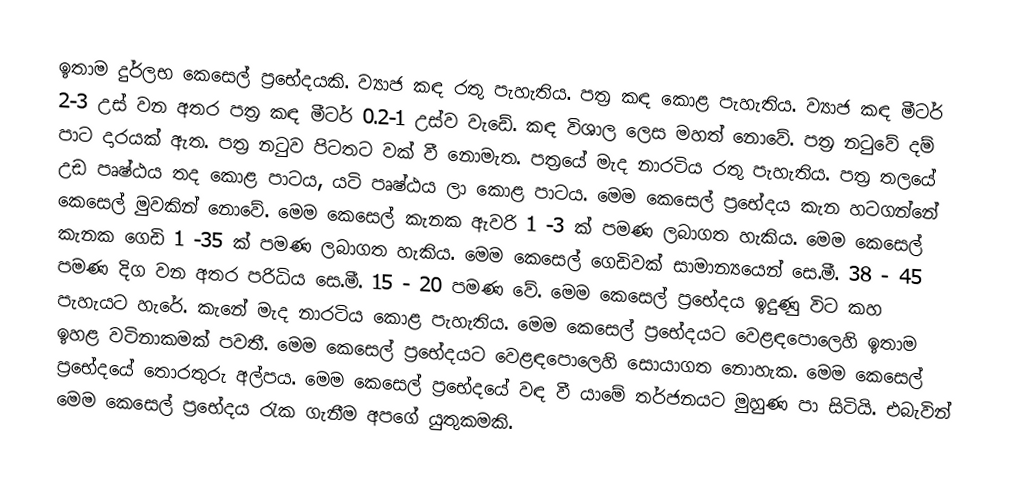
ඉතාම දුර්ලභ කෙසෙල් ප්‍රභේදයකි. ව්‍යාජ කඳ රතු පැහැතිය‍. පත්‍ර කඳ කොළ පැහැතිය‍. ව්‍යාජ කඳ මීටර් 2-3 උස් වන අතර පත්‍ර කඳ මීටර් 0.2-1 උස්ව වැඩේ. කඳ විශාල ලෙස මහත් නොවේ. පත්‍ර නටුවේ දම් පාට දාරයක් ඇත. පත්‍ර නටුව පිටතට වක් වී නොමැත. පත්‍රයේ මැද නාරටිය රතු පැහැතිය‍. පත්‍ර තලයේ උඩ පෘෂ්ඨය තද කොළ පාටය, යටි පෘෂ්ඨය ලා කොළ පාටය. මෙම කෙසෙල් ප්‍රභේදය කැන හටගන්නේ කෙසෙල් මුවකින් නොවේ. මෙම කෙසෙල් කැනක ඇවරි 1 -3 ක් පමණ ලබාගත හැකිය. මෙම කෙසෙල් කැනක ගෙඩි 1 -35 ක් පමණ ලබාගත හැකිය. මෙම කෙසෙල් ගෙඩිවක් සාමාන්‍යයෙන් සෙ.මී. 38 - 45 පමණ දිග වන අතර පරිධිය සෙ.මී. 15 - 20 පමණ වේ. මෙම කෙසෙල් ප්‍රභේදය ඉදුණු විට කහ පැහැයට හැරේ. කැනේ මැද නාරටිය කොළ පැහැතිය‍. මෙම කෙසෙල් ප්‍රභේදයට වෙළඳපොලෙහි ඉතාම ඉහළ වටිනාකමක් පවතී. මෙම කෙසෙල් ප්‍රභේදයට වෙළඳපොලෙහි සොයාගත නොහැක. මෙම කෙසෙල් ප්‍රභේදයේ තොරතුරු අල්පය. මෙම කෙසෙල් ප්‍රභේදයේ වඳ වී යාමේ තර්ජනයට මුහුණ පා සිටියි. එබැවින් මෙම කෙසෙල් ප්‍රභේදය රැක ගැනීම අපගේ යුතුකමකි.